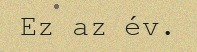
Ez az év.